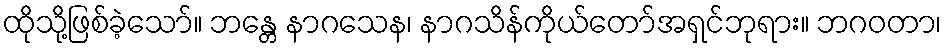
ထိုသို့ဖြစ်ခဲ့သော်။ ဘန္တေ နာဂသေန၊ နာဂသိန်ကိုယ်တော်အရှင်ဘုရား။ ဘဂဝတာ၊